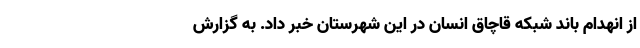
از انهدام باند شبکه قاچاق انسان در این شهرستان خبر داد. به گزارش